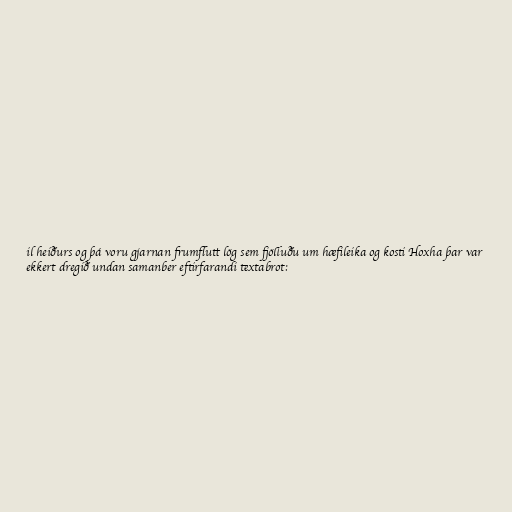
il heiðurs og þá voru gjarnan frumflutt lög sem fjölluðu um hæfileika og kosti Hoxha þar var
ekkert dregið undan samanber eftirfarandi textabrot: